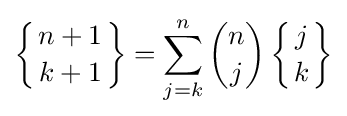
\left\{{n+1 \atop k+1}\right\}=\sum _{j=k}^{n}{\binom {n}{j}}\left\{{j \atop k}\right\}